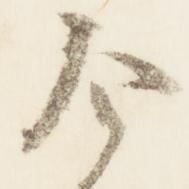
令